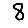
Digit: 8